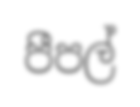
පීපල්